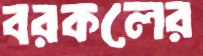
বরকলের